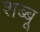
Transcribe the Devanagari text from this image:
शब्बू